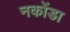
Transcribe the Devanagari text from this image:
नकोंडा